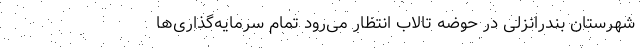
شهرستان بندرانزلی در حوضه تالاب انتظار می‌رود تمام سرمایه‌گذاری‌ها